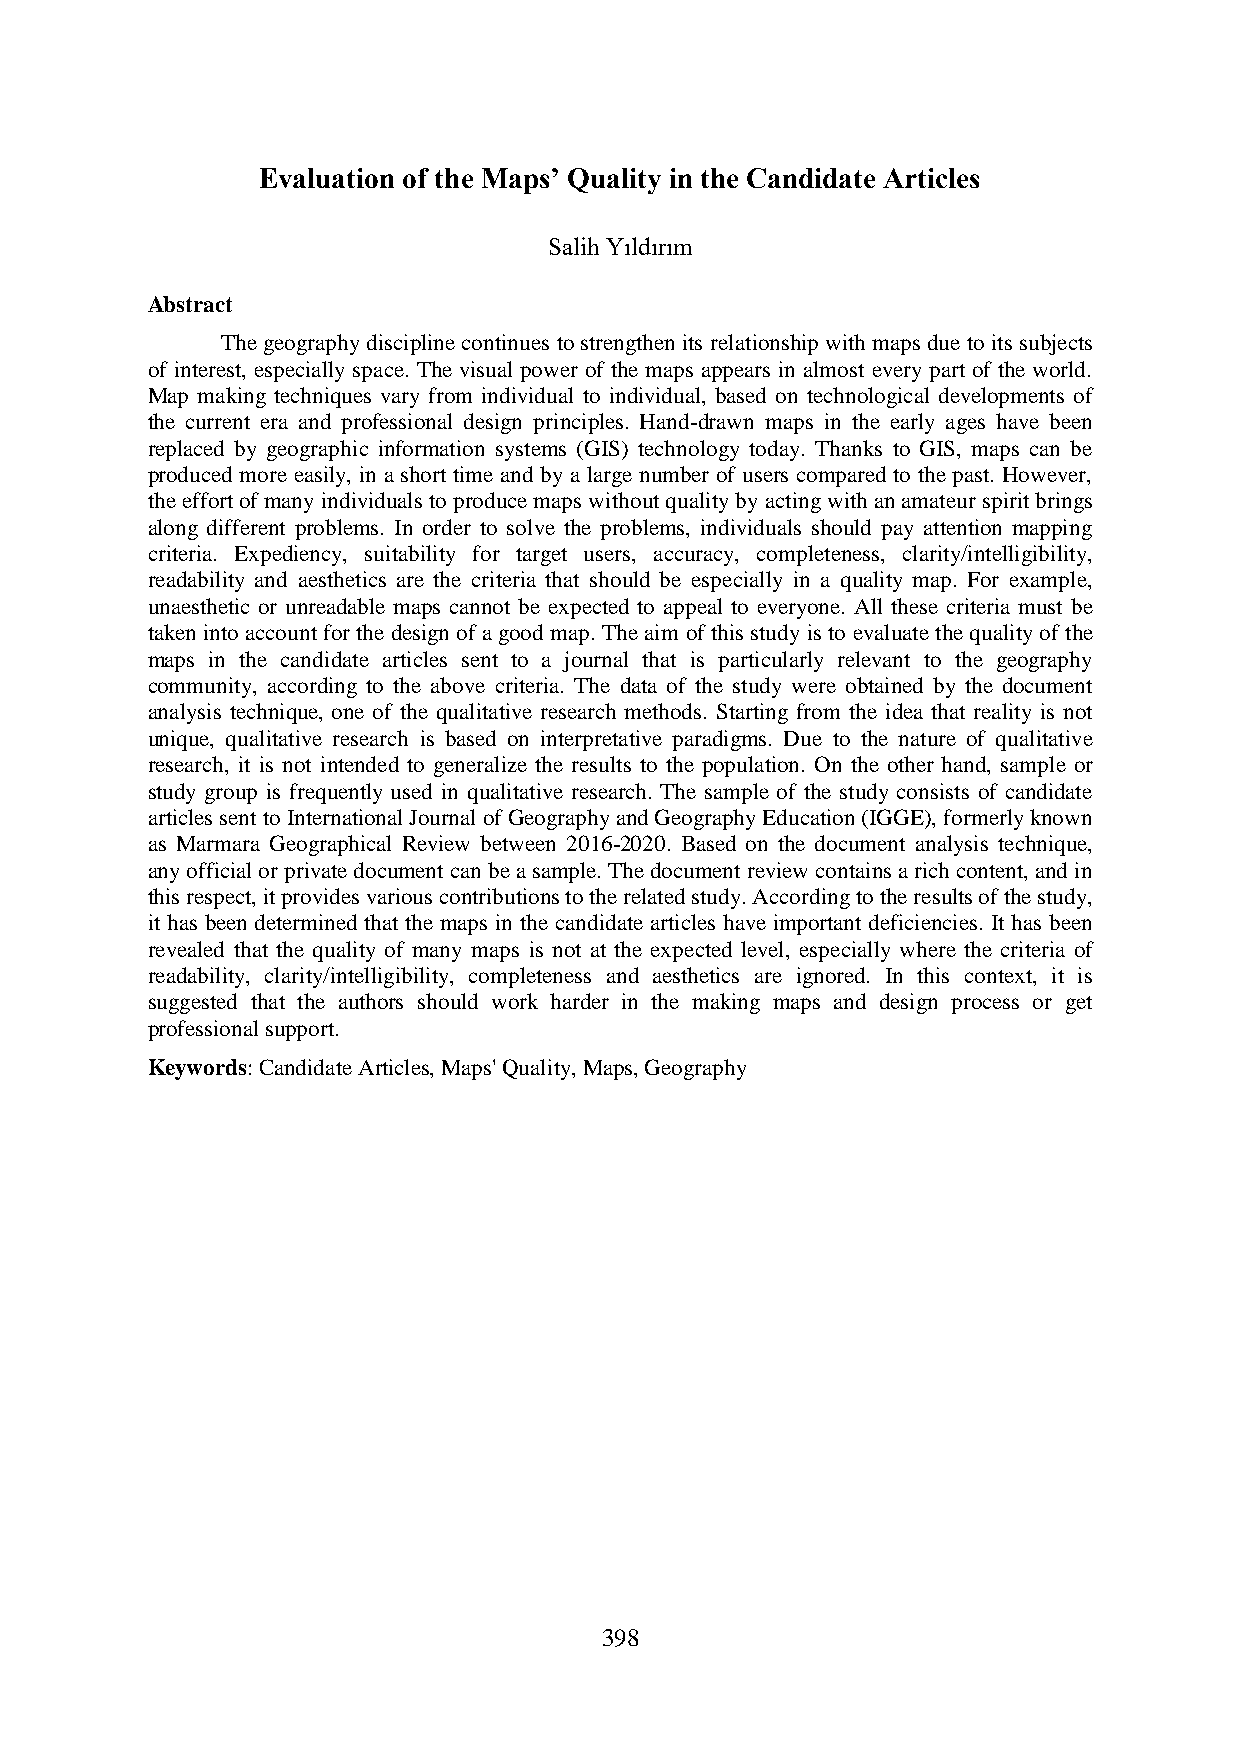
Evaluation of the Maps’ Quality in the Candidate Articles
 Salih Yıldırım
 Abstract
 The geography discipline continues to strengthen its relationship with maps due to its subjects
 of interest, especially space. The visual power of the maps appears in almost every part of the world.
 Map making techniques vary from individual to individual, based on technological developments of
 the current era and professional design principles. Hand-drawn maps in the early ages have been
 replaced by geographic information systems (GIS) technology today. Thanks to GIS, maps can be
 produced more easily, in a short time and by a large number of users compared to the past. However,
 the effort of many individuals to produce maps without quality by acting with an amateur spirit brings
 along different problems. In order to solve the problems, individuals should pay attention mapping
 criteria. Expediency, suitability for target users, accuracy, completeness, clarity/intelligibility,
 readability and aesthetics are the criteria that should be especially in a quality map. For example,
 unaesthetic or unreadable maps cannot be expected to appeal to everyone. All these criteria must be
 taken into account for the design of a good map. The aim of this study is to evaluate the quality of the
 maps in the candidate articles sent to a journal that is particularly relevant to the geography
 community, according to the above criteria. The data of the study were obtained by the document
 analysis technique, one of the qualitative research methods. Starting from the idea that reality is not
 unique, qualitative research is based on interpretative paradigms. Due to the nature of qualitative
 research, it is not intended to generalize the results to the population. On the other hand, sample or
 study group is frequently used in qualitative research. The sample of the study consists of candidate
 articles sent to International Journal of Geography and Geography Education (IGGE), formerly known
 as Marmara Geographical Review between 2016-2020. Based on the document analysis technique,
 any official or private document can be a sample. The document review contains a rich content, and in
 this respect, it provides various contributions to the related study. According to the results of the study,
 it has been determined that the maps in the candidate articles have important deficiencies. It has been
 revealed that the quality of many maps is not at the expected level, especially where the criteria of
 readability, clarity/intelligibility, completeness and aesthetics are ignored. In this context, it is
 suggested that the authors should work harder in the making maps and design process or get
 professional support.
 Keywords: Candidate Articles, Maps' Quality, Maps, Geography
 398